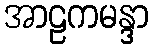
အာဠကမန္ဒာ